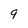
Character: 9